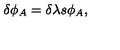
\delta \phi _ { A } = \delta \lambda s \phi _ { A } ,